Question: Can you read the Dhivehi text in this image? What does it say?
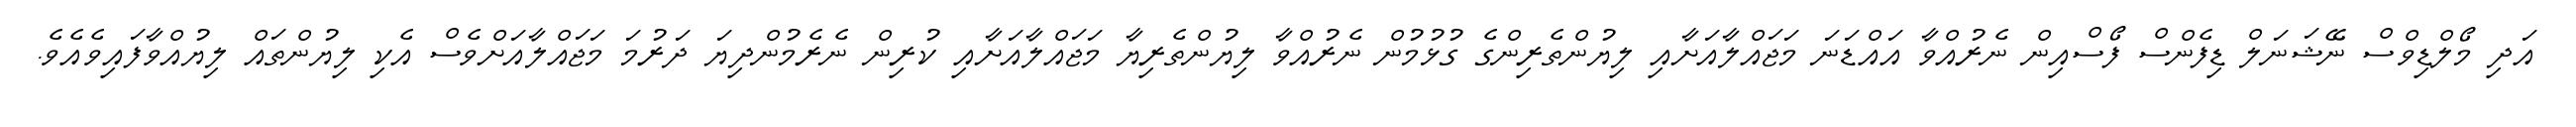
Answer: އަދި މޯލްޑިވްސް ނޭޝަނަލް ޑިފެންސް ފޯސްއިން ނެރުއްވާ އައްޑަނަ މަޖައްލާއަށާއި ލިޔުންތެރިންގެ ގުޅުމުން ނެރުއްވާ ލިޔުންތެރިޔާ މަޖައްލާއަށާއި ކުރިން ނެރެމުންދިޔަ ދަރުމަ މަޖައްލާއަށްވެސް އެކި ލިޔުންތައް ލިޔުއްވާފައިވެއެވެ.